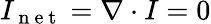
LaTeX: I_{\mathrm{~n~e~t~}}=\nabla\cdot I=0